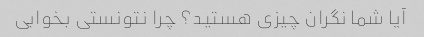
آیا شما نگران چیزی هستید؟ چرا نتونستی بخوابی